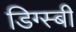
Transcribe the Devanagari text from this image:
डिग्स्बी